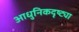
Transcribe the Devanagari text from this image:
आधुनिकदृष्ट्या